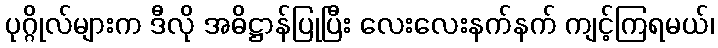
ပုဂ္ဂိုလ်များက ဒီလို အဓိဋ္ဌာန်ပြုပြီး လေးလေးနက်နက် ကျင့်ကြရမယ်၊